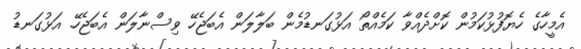
އެމީހާގެ ހެޔޮފުޅުކަމުން ކޮށްދެއްވާ ކަމެއްތޯ އަޅުގަނޑުމެން ބަލާލަން އެބަޖެހޭ ވިސްނާލަން އެބަޖެހޭ. އަޅުގަނޑު